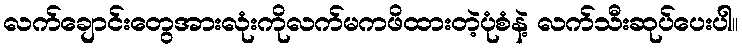
လက်ချောင်းတွေအားလုံးကိုလက်မကဖိထားတဲ့ပုံစံနဲ့ လက်သီးဆုပ်ပေးပါ။